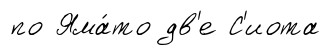
по Яма́то дв'е С'иота